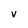
Character: v